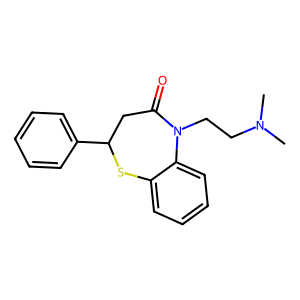
SMILES: CN(C)CCN1C(=O)CC(c2ccccc2)Sc2ccccc21
Inhibits HIV replication: No